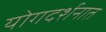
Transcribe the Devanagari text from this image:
योगदर्शनात